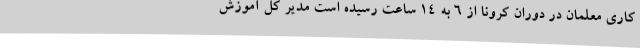
کاری معلمان در دوران کرونا از ۶ به ۱۴ ساعت رسیده است مدیر کل آموزش